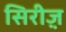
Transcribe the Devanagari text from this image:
सिरीज़़